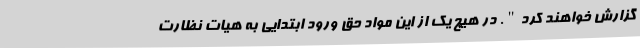
گزارش خواهند کرد". در هیچ یک از این مواد حق ورود ابتدایی به هیات نظارت